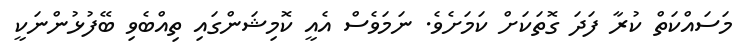
މަސައްކަތް ކުރާ ފަދަ ގޮތަކަށް ކަމަށެވެ. ނަމަވެސް އެއީ ކޮމިޝަންގައި ތިއްބެވި ބޭފުޅުންނަކީ